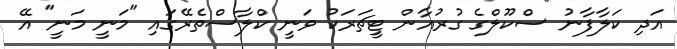
އަދި ކަލާފާނު ސްކޫލްގެ ގުރުއާން ޓީޗަރަކު ވަނީ ކްލާސްތެރޭގައި "މަނީ މަނީ" އޭ